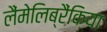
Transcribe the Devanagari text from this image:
लैंमेलिब्रैंकिया